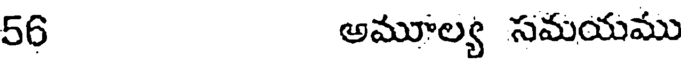
56 అమూల్య సమయము